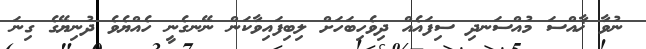
ނުވާ ޚާއްސަ މުއްސަނދި ސިފައެއް ދިވެހިބަހަށް ލިބިފައިވާކަން ނޭނގެނީ ހެއްޔެވެ ދުނިޔޭގެ ގިނަ